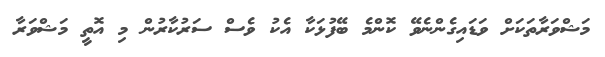
މަޝްވަރާތަކަށް ވަޑައިގެންނެވޭ ކޮންމެ ބޭފުޅަކާ އެކު ވެސް ސަރުކާރުން މި އޮތީ މަޝްވަރާ